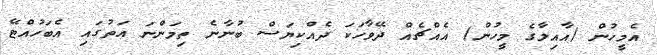
އެމީހުން (އާއިލާގެ މީހުން) އެއްޗެއް ދޭވާހަކަ ދެއްކިޔަސް ބުނާނެ ތިމަންނަ އަތުގައި އެބަހުއްޓޭ